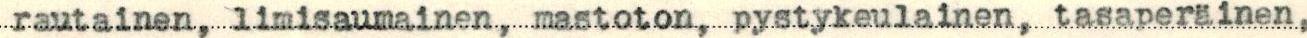
rautainen, limisaumainen, mastoton, pystykeulainen, tasaperäinen